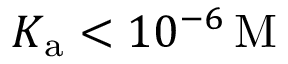
K _ { \mathrm { a } } < 1 0 ^ { - 6 } \, \mathrm { M }